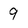
Character: 9